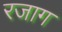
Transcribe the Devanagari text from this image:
रजाग